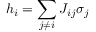
h _ { i } = \sum _ { j \neq i } J _ { i j } \sigma _ { j }